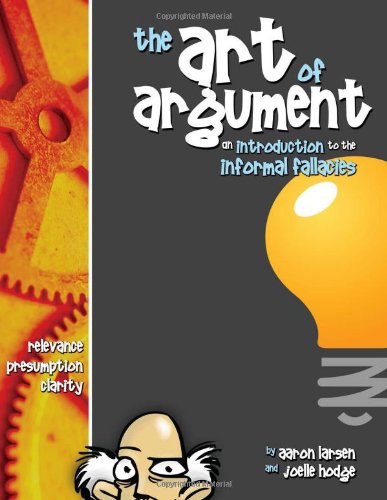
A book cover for The Art of Argument; Aaron Larsen; Reference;